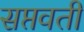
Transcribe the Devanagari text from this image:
सप्तवती